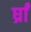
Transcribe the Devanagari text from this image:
र्घ्रां